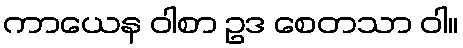
ကာယေန ဝါစာ ဥဒ စေတသာ ဝါ။